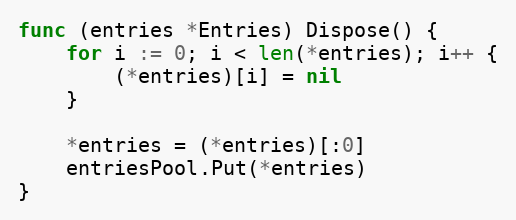
Language: Go
func (entries *Entries) Dispose() {
	for i := 0; i < len(*entries); i++ {
		(*entries)[i] = nil
	}

	*entries = (*entries)[:0]
	entriesPool.Put(*entries)
}